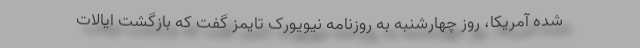
شده آمریکا، روز چهارشنبه به روزنامه نیویورک تایمز گفت که بازگشت ایالات